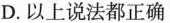
D. 以上说法都正确